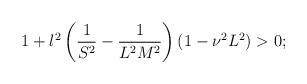
LaTeX: \begin{align*}1+l^2\left(\frac{1}{S^2}-\frac{1}{L^2M^2}\right)(1-\nu^2 L^2)>0;\end{align*}